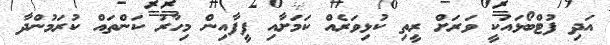
އަދި ފުޓްބޯޅައަކީ ވަރަށް ރީތި ކުޅިވަރެއް ކަމަށާއި ފީފާއިން މިހާރު ކަންތައް ކުރަމުންދާ